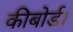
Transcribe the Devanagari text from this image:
कीबोर्ड।